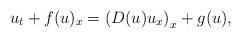
LaTeX: \begin{align*}u_t + f(u)_x=\left(D(u)u_x\right)_x + g(u),\end{align*}